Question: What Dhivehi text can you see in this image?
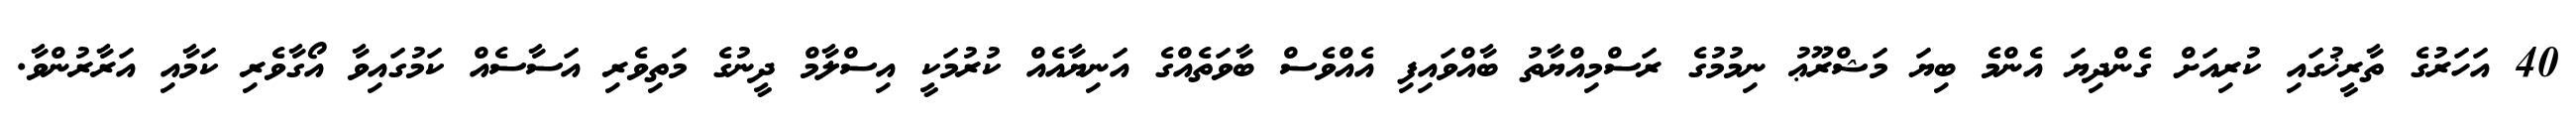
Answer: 40 އަހަރުގެ ތާރީޚުގައި ކުރިއަށް ގެންދިޔަ އެންމެ ބިޔަ މަޝްރޫޢު ނިމުމުގެ ރަސްމިއްޔާތު ބާއްވައިފި އެއްވެސް ބާވަތެއްގެ އަނިޔާއެއް ކުރުމަކީ އިސްލާމް ދީނުގެ މަތިވެރި އަސާސެއް ކަމުގައިވާ އޯގާވެރި ކަމާއި އަރާރުންވާ.